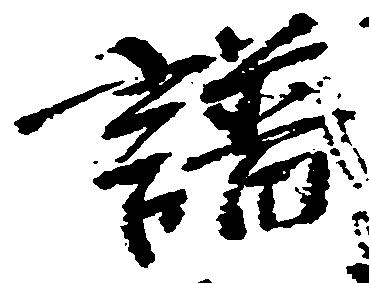
譜